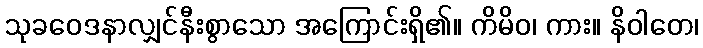
သုခဝေဒနာလျှင်နီးစွာသော အကြောင်းရှိ၏။ ကိမိဝ၊ ကား။ နိဝါတေ၊